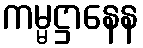
ကမ္မဋ္ဌာနေန